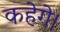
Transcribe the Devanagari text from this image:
कहेगे।